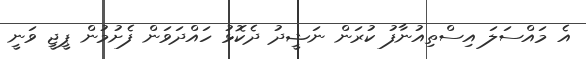
އެ މައްސަލަ އިސްތިއުނާފު ކުރަން ނަޝީދު ދެކޮޅު ހައްދަވަން ފެށުމުން ޕީޖީ ވަނީ